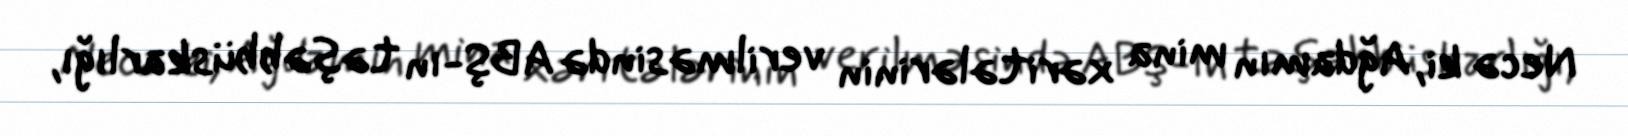
Necə ki, Ağdamın mina xəritələrinin verilməsində ABŞ-ın təşəbbüskarlığı,